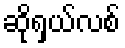
ဆိုရှယ်လစ်